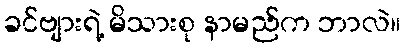
ခင်ဗျားရဲ့ မိသားစု နာမည်က ဘာလဲ။